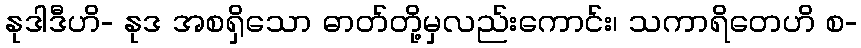
နုဒါဒီဟိ- နုဒ အစရှိသော ဓာတ်တို့မှလည်းကောင်း၊ သကာရိတေဟိ စ-